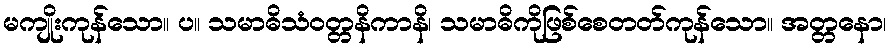
မကျိုးကုန်သော။ ပ။ သမာဓိသံဝတ္တနိကာနိ၊ သမာဓိကိုဖြစ်စေတတ်ကုန်သော။ အတ္တနော၊